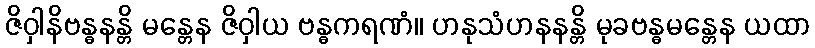
ဇိဝှါနိဗန္ဓနန္တိ မန္တေန ဇိဝှါယ ဗန္ဓကရဏံ။ ဟနုသံဟနနန္တိ မုခဗန္ဓမန္တေန ယထာ